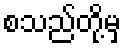
စသည်တို့မှ